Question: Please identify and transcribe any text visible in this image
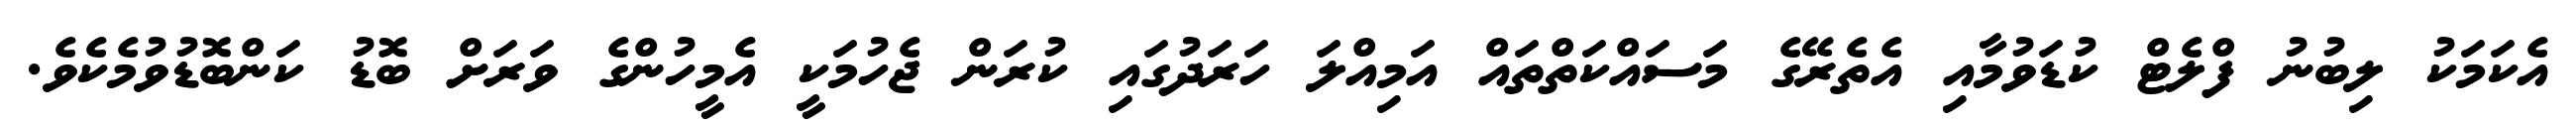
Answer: އެކަމަކު ލިބުނު ފްލެޓް ކުޑަވުމާއި އެތެރޭގެ މަސައްކަތްތައް އަމިއްލަ ހަރަދުގައި ކުރަން ޖެހުމަކީ އެމީހުންގެ ވަރަށް ބޮޑު ކަންބޮޑުވުމެކެވެ.